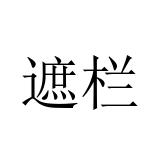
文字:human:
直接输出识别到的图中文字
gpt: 遮栏